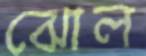
ঝোল